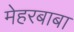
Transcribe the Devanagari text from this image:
मेहरबाबा